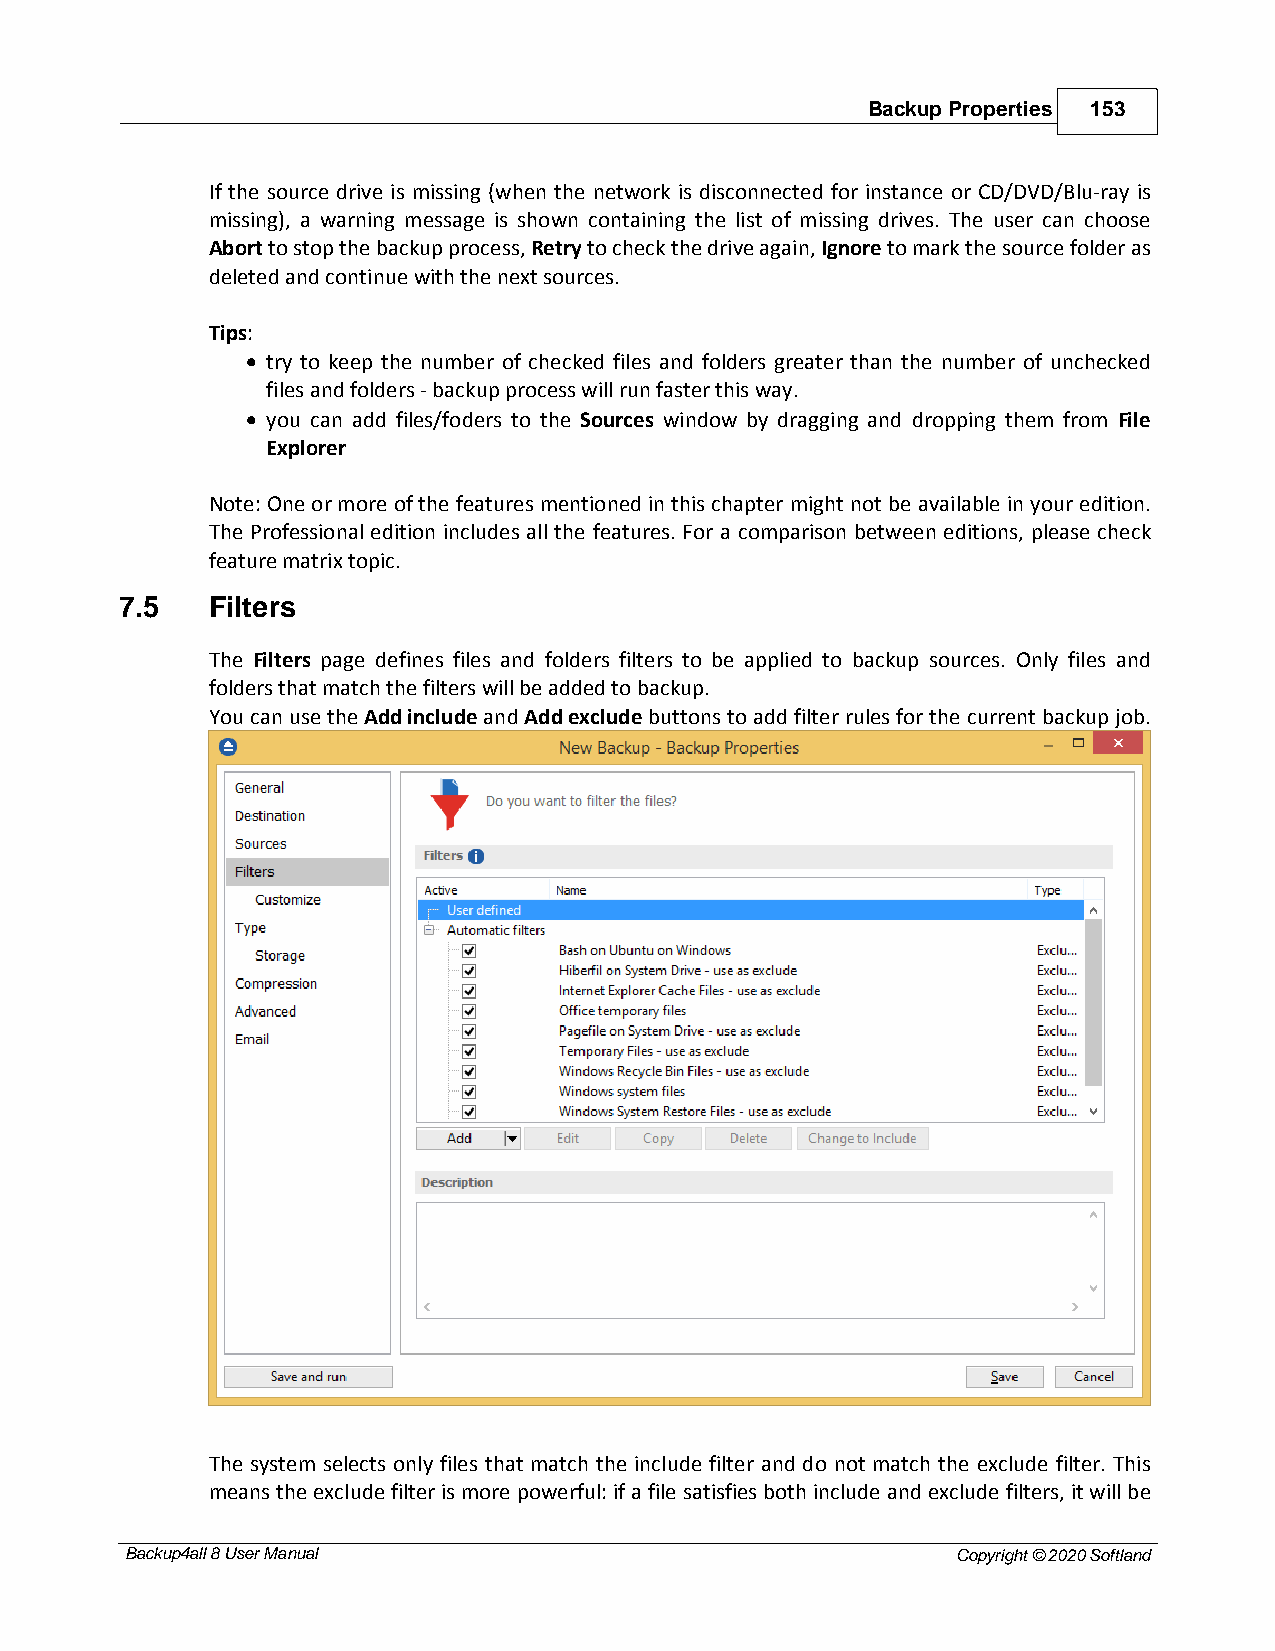
Backup Properties 153
 If the source drive is missing (when the network is disconnected for instance or CD/DVD/Blu-ray is
 missing), a warning message is shown containing the list of missing drives. The user can choose
 Abort to stop the backup process, Retry to check the drive again, Ignore to mark the source folder as
 deleted and continue with the next sources.
 Tips:
 · try to keep the number of checked files and folders greater than the number of unchecked
 files and folders - backup process will run faster this way.
 · you can add files/foders to the Sources window by dragging and dropping them from File
 Explorer
 Note: One or more of the features mentioned in this chapter might not be available in your edition.
 The Professional edition includes all the features. For a comparison between editions, please check
 feature matrix topic.
 7.5   Filters
 The Filters page defines files and folders filters to be applied to backup sources. Only files and
 folders that match the filters will be added to backup.
 You can use the Add include and Add exclude buttons to add filter rules for the current backup job.
 The system selects only files that match the include filter and do not match the exclude filter. This
 means the exclude filter is more powerful: if a file satisfies both include and exclude filters, it will be
 Backup4all 8 User Manual                               Copyright © 2020 Softland